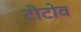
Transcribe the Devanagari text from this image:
टीटोव